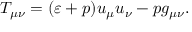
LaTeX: T _ { \mu \nu } = ( \varepsilon + p ) u _ { \mu } u _ { \nu } - p g _ { \mu \nu } .